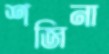
শজিনা